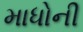
માધોની